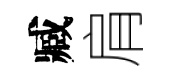
臧肩